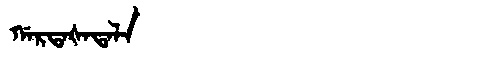
Manchu: ᡤᠠᡵᡨᠠᡧᠠᡨᠠᠯᠠ
Romanization: GARTAŠATALA